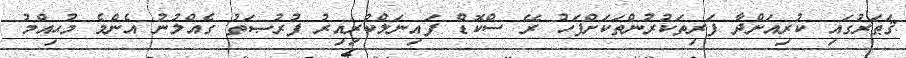
ޤަޠަރުގައި ކުރިއަށްދާ ފަރިތަކުރުންތަކަށްފަހު ރޭ ސްކޮޑް ފައިނަލްކުރިއިރު ފުރުޞަތު ގެއްލުނު އެންމެ މުޙިއްމު